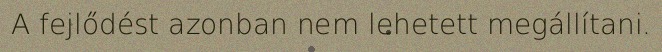
A fejlődést azonban nem lehetett megállítani.